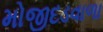
મોજીદડવાળા